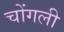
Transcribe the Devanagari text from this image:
चोंगली